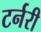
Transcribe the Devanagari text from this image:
टर्नरी